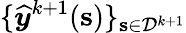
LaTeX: \{ \boldsymbol{{\widehat{y}}}^{k+1}(\mathbf{s})\} _{\mathbf{s}\in\mathcal{D}^{k+1}}